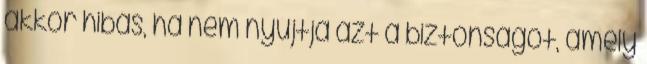
akkor hibás, ha nem nyújtja azt a biztonságot, amely